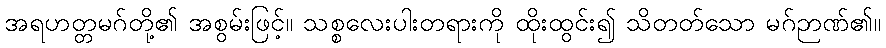
အရဟတ္တမဂ်တို့၏ အစွမ်းဖြင့်။ သစ္စလေးပါးတရားကို ထိုးထွင်း၍ သိတတ်သော မဂ်ဉာဏ်၏။